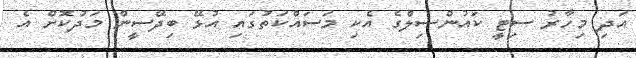
އަދި މިހާރު ސިޓީ ކައުންސިލްގެ އެކި މަސައްކަތުގައި އުޅޭ ބިދޭސީން މަދުކޮށް އެ